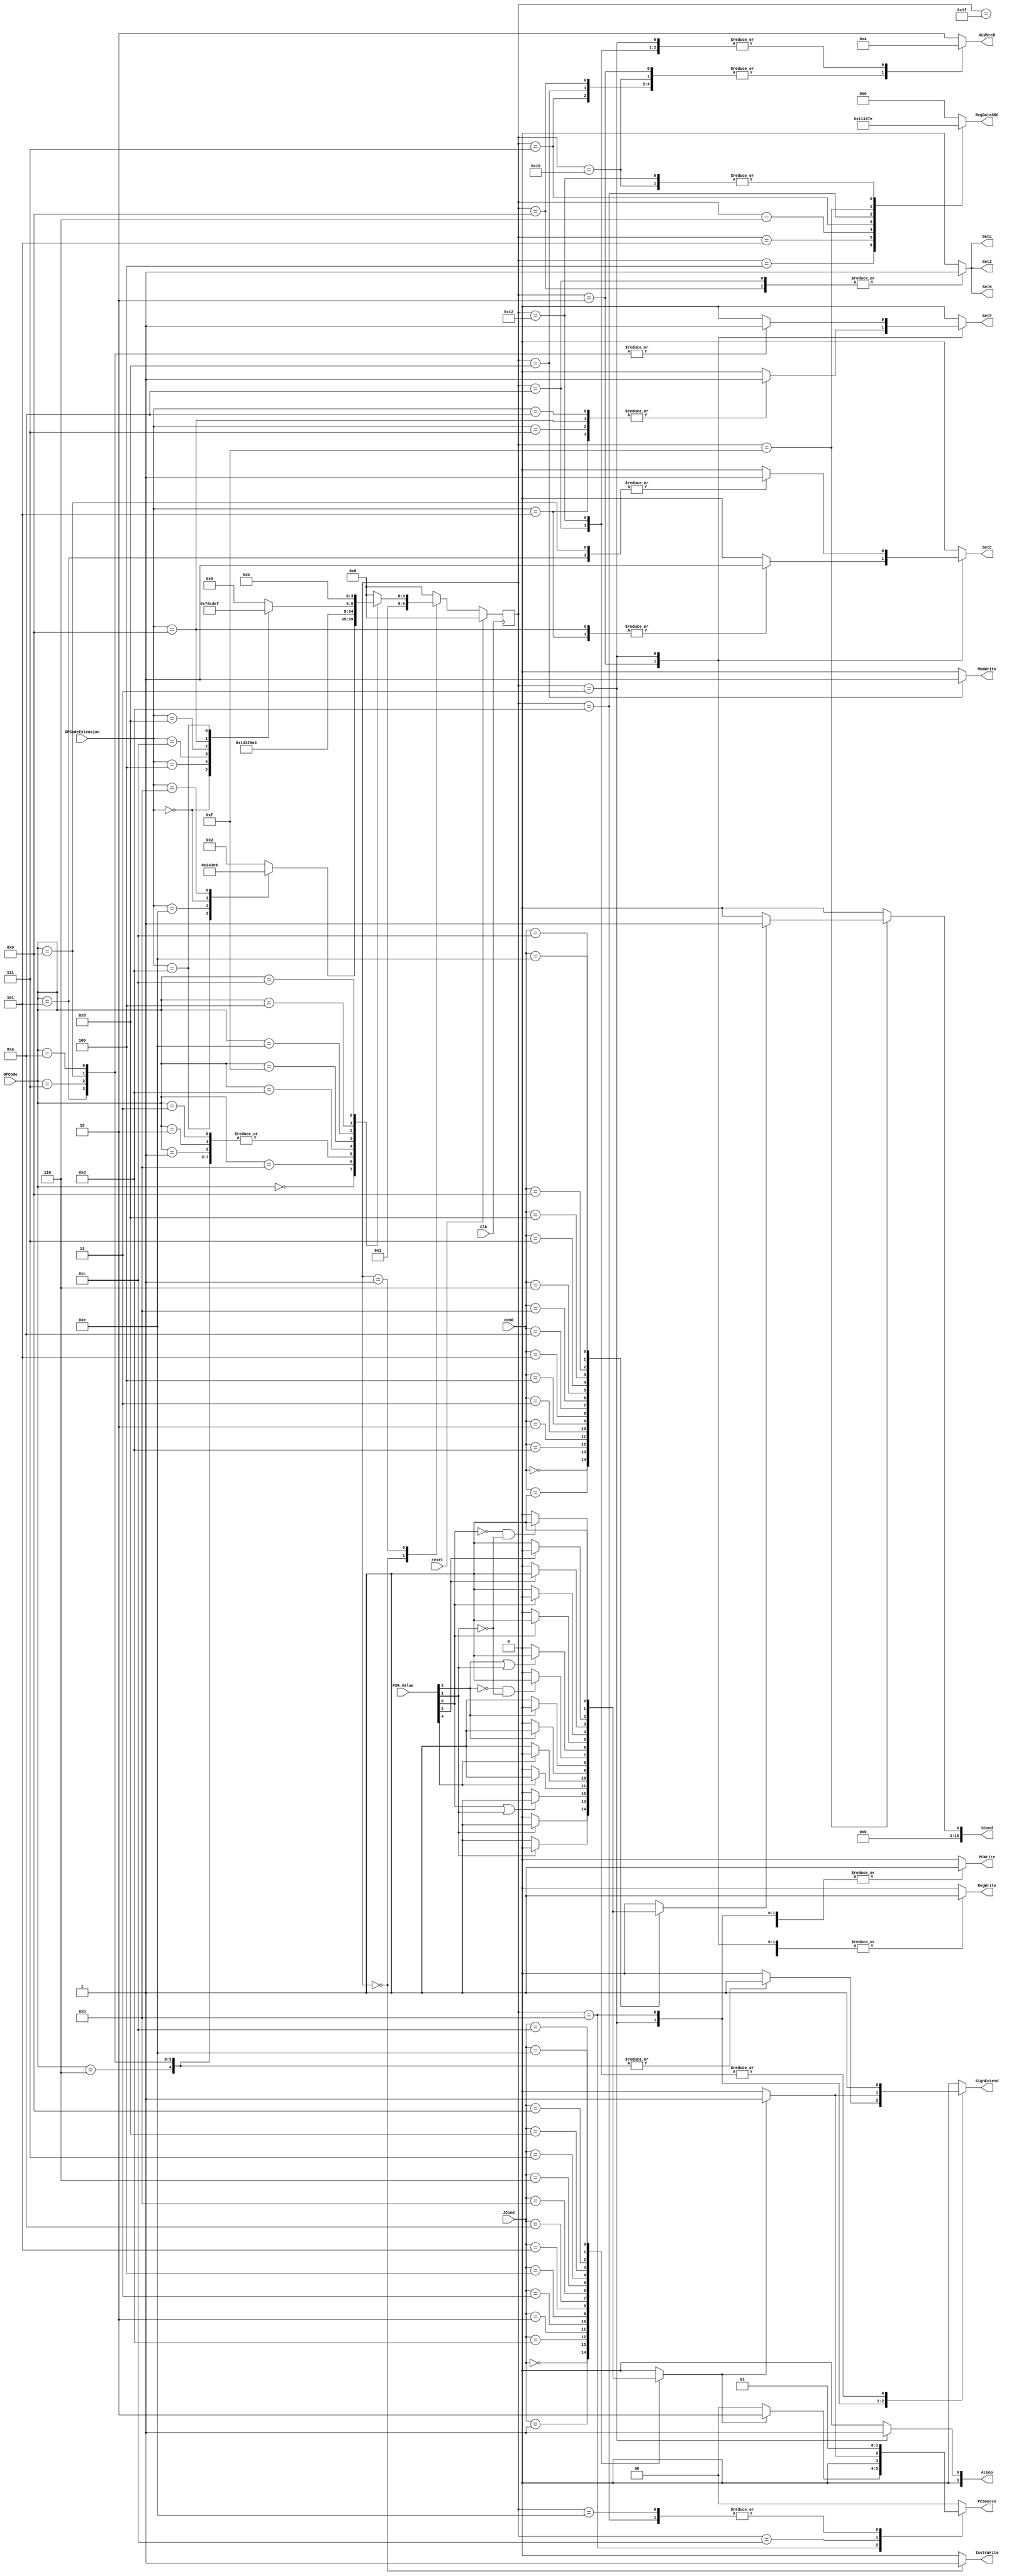
`timescale 1ns / 1ps
//////////////////////////////////////////////////////////////////////////////////
// Company: 
// Engineer: 
// 
// Design Name: 
// Module Name:    ControlLogic 
// Project Name: 
// Target Devices: 
// Tool versions: 
// Description: 
//
// Dependencies: 
//
// Revision: 
// Revision 0.01 - File Created
// Additional Comments: 
//
//////////////////////////////////////////////////////////////////////////////////
module ControlLogic(
    input [3:0] OPCode,
    input [3:0] OPCodeExtension,
	 input [3:0] JCond,
	 input [3:0] cond,
	 input reset,
	 input Clk,
	 output reg PCWrite,
	 output reg InstrWrite,
	 output reg RegWrite,
	 output reg [1:0] ALUop,
	 output reg [2:0] RegDataSRC,
	 output reg [1:0] ALUSrcB,
	 output reg MemWrite,
	 output reg SignExtend,
	 output reg SetF, 
	 output reg SetL, 
	 output reg SetC, 
	 output reg SetN, 
	 output reg SetZ,
	 output reg [1:0] PCSource,
	 output reg [15:0] SCond,
	 input [4:0] PSR_Value
    );
	 
	 
	reg [4:0] CurState;
	reg [4:0] NextState;
	
	reg SCond_Valid;
	reg Cond_Valid;
	wire C;
	wire L;
	wire F;
	wire Z;
	wire N; 
	
	assign C = PSR_Value[4];
	assign L = PSR_Value[3];
	assign F = PSR_Value[2];
	assign Z = PSR_Value[1];
	assign N = PSR_Value[0];
	
	//STATES
	parameter   IFETCH  	=	5'b00000; //INSTRUCTION FETCH          0
	parameter 	RFETCH	=	5'b00001; //REGISTER FETCH             1
	parameter	RTYPEX	= 	5'b00010; //General R-TYPE Executuion  2
	parameter	ITYPEX	=	5'b00011; //General I-TYPE Executuion  3
	parameter	MOVEX		= 	5'b00100; //MOV Executuion					4
	parameter	MOVIEX	=	5'b00101; //MOVI Executuion			5
	parameter	LUIEX		= 	5'b00110; //LUI Executuion			6
	parameter	LOADEX	= 	5'b00111; //LOAD Executuion		7
	parameter	STOREX	=	5'b01000; //STOR Executuion		8
	parameter	CMPEX 	=	5'b01001; //CMP Executuion			9
	parameter 	CMPIEX	=	5'b01010; //CMPI Executuion		10
	parameter	BRANEX	=	5'b01011; //Bcond Executuion		11
	parameter	JUMPEX	=	5'b01100; //Jcond Executuion		12
	parameter 	JALEX		=	5'b01101; //JAL Executuion			13
	parameter	RETEX		=	5'b01110; //RETX Exectution
	parameter	SEX		=	5'b01111; //Scond Execution
	parameter	MULEX		= 	5'b10000; //MULT Execution
	parameter	MULIEX	=	5'b10010; //MULTI Execution
	parameter	NOPEX		= 	5'b11111; //NOP Execution
	
	//OP CODES/CONDITION CODES/OP CODE EXTENSIONS:

	//Rtype opcode
	parameter 	RINSTR	= 4'b0000; //also includes MULT, MOV
	
	//Itype opcodes && rtype opcode extensions
	parameter 	ADDI		= 4'b0101;
	parameter 	ADDUI		= 4'b0110;
	parameter 	ADDCI		= 4'b0111;
	parameter 	SUBI 		= 4'b1001;
	parameter 	SUBCI		= 4'b1010;
	parameter 	CMPI 		= 4'b1011;
	parameter 	ANDI		= 4'b0001;
	parameter 	ORI		= 4'b0010;
	parameter 	XORI		= 4'b0011;
	parameter 	MULI 		= 4'b1110;
	
	//others other opcodes
	parameter	MOVI		= 4'b1101;	//also opcode extension for mov
	parameter	LUI		= 4'b1111;
	parameter	LDSTORJ	= 4'b0100;
	parameter	BRAN		= 4'b1100;

	
	//jump conditions:
	
	parameter EQ = 4'b0000;
	parameter NE = 4'b0001;
	parameter GE = 4'b1101;
	parameter CS = 4'b0010;
	parameter CC = 4'b0011;
	parameter HI = 4'b0100;
	parameter LS = 4'b0101;
	parameter LO = 4'b1010;
	parameter HS = 4'b1011;
	parameter Gt = 4'b0110; //apparently capital 'GT' is reserved for something in verilog.. Hence 'Gt' instead.
	parameter LE = 4'b0111;
	parameter FS = 4'b1000;
	parameter FC = 4'b1001;
	parameter LT = 4'b1100;
	parameter UC = 4'b1110;
	parameter NJ = 4'b1111;
	
	always@(*) begin
		Cond_Valid = 0;
		case(JCond)
			EQ: if (Z) 			Cond_Valid = 1;
			NE: if (!Z) 		Cond_Valid = 1;
			GE: if (N || Z)	Cond_Valid = 1;
			CS: if (C) 			Cond_Valid = 1;
			CC: if (!C)			Cond_Valid = 1;
			HI: if (L)			Cond_Valid = 1;
			LS: if (!L)			Cond_Valid = 1;
			LO: if (!L && !Z) Cond_Valid = 1;
			HS: if (L || Z)	Cond_Valid = 1;
			Gt: if (N)			Cond_Valid = 1;
			LE: if (!N)			Cond_Valid = 1;
			FS: if (F)			Cond_Valid = 1;
			FC: if (!F)			Cond_Valid = 1;
			LT: if (!N && !Z) Cond_Valid = 1;
			UC:					Cond_Valid = 1;
			default:				Cond_Valid = 0; //default.
		endcase
	end
		
	always@(*) begin
		SCond_Valid = 0;
		case(cond)
			EQ: if (Z) 			SCond_Valid = 1;
			NE: if (!Z) 		SCond_Valid = 1;
			GE: if (N || Z)	SCond_Valid = 1;
			CS: if (C) 			SCond_Valid = 1;
			CC: if (!C)			SCond_Valid = 1;
			HI: if (L)			SCond_Valid = 1;
			LS: if (!L)			SCond_Valid = 1;
			LO: if (!L && !Z) SCond_Valid = 1;
			HS: if (L || Z)	SCond_Valid = 1;
			Gt: if (N)			SCond_Valid = 1;
			LE: if (!N)			SCond_Valid = 1;
			FS: if (F)			SCond_Valid = 1;
			FC: if (!F)			SCond_Valid = 1;
			LT: if (!N && !Z) SCond_Valid = 1;
			UC:					SCond_Valid = 1;
			default:				SCond_Valid = 0; //default.
		endcase	
	end
	
	always@(posedge Clk) begin
		if (reset) CurState <= IFETCH;
		else CurState <= NextState;
	end
	
	//output logic
	always@(*) begin
		InstrWrite = 0;
		ALUSrcB = 2;
		RegDataSRC = 0;
		RegWrite = 0;
		PCWrite = 0;
		ALUop = 2'b00;
		MemWrite = 0;
		SignExtend = 0;
		SetC = 0;
		SetL = 0;
		SetF = 0;
		SetZ = 0;
		SetN = 0;
		PCSource = 0;
		SCond = 0;
		case (CurState)
			IFETCH:
				begin
					InstrWrite = 1;
					ALUSrcB = 2;
				end
			RFETCH:
				begin
					//wait 1 clock cycle
				end
			RTYPEX:
				begin
					RegDataSRC = 0;
					ALUSrcB = 1;
					ALUop = 2'b00;
					RegWrite = 1;
					PCWrite = 1;
					case(OPCodeExtension)
						ADDI:
							begin
								SetC = 1;
								SetF = 1;
							end
						ADDCI:
							begin
								SetF = 1;
							end
						SUBI:
							begin
								SetC = 1;
								SetF = 1;
							end
						SUBCI:
							begin
								SetF = 1;
							end
						default: 
							begin 
							end
					endcase
				end
			ITYPEX:
				begin
					RegDataSRC = 0;
					ALUSrcB = 0;
					ALUop = 2'b01;
					RegWrite = 1;
					PCWrite =1;
					case (OPCode)
						ADDI:
							begin
								SignExtend = 1;
								SetC = 1;
								SetF = 1;
							end
						ADDUI:	
							begin 
								SignExtend = 1; 
							end
						ADDCI:
							begin 
								SignExtend = 1;
								SetF = 1;								
							end
						SUBI:	
							begin 
								SignExtend = 1;
								SetC = 1;
								SetF = 1;								
							end
						SUBCI:
							begin 
								SignExtend = 1; 
								SetF = 1;
							end
						default:	
							begin 
								SignExtend = 0; 
							end
					endcase
				end
			MOVEX:
				begin
					RegDataSRC = 4;
					RegWrite = 1;
					PCWrite = 1;
				end
			MOVIEX:
				begin
					RegDataSRC = 2;
					RegWrite = 1;
					PCWrite =1;
				end
			LUIEX:
				begin
					RegDataSRC = 3;
					RegWrite = 1;
					PCWrite = 1;
				end
			LOADEX:
				begin
					ALUSrcB = 1;
					RegDataSRC = 1;
					RegWrite = 1;
					PCWrite = 1;
				end
			STOREX:
				begin
					ALUSrcB = 1;
					MemWrite = 1;
					PCWrite = 1;
				end
			NOPEX:
				begin
					PCWrite = 1;
				end
			CMPEX:
				begin
					PCWrite = 1;
					ALUSrcB = 1;
					SetZ = 1;
					SetL = 1;
					SetN = 1;
				end
			CMPIEX:
				begin
					PCWrite = 1;
					ALUSrcB = 0;
					SignExtend = 1;
					SetZ = 1;
					SetL = 1;
					SetN = 1;
				end
			BRANEX:
				begin
					PCWrite = 1;
					if (Cond_Valid) begin
						PCSource = 2;
						SignExtend = 1;
					end
				end
			JUMPEX:
				begin
					PCWrite = 1;
					if (Cond_Valid) PCSource = 1;
				end
			JALEX:
				begin
					PCWrite = 1;
					RegWrite = 1;
					RegDataSRC = 5;
					PCSource = 1;
				end
			RETEX:
				begin
					PCWrite = 1;
					PCSource = 1;
				end
			SEX:
				begin
					PCWrite = 1;
					RegWrite = 1;
					RegDataSRC = 7;
					if (SCond_Valid)
						SCond = 1;
					else
						SCond = 0;
				end
			MULEX:
				begin
					ALUSrcB = 1;
					PCWrite = 1;
					RegWrite = 1;
					RegDataSRC = 6;
				end
			MULIEX:
				begin
					ALUSrcB = 0;
					SignExtend = 1;
					PCWrite = 1;
					RegWrite = 1;
					RegDataSRC = 6;
				end
			default: begin end
		endcase
	end
	
	//nextstate logic
	always @(*) begin
		case (CurState)
			IFETCH:	NextState <= RFETCH;
			RFETCH:
				case(OPCode)
					RINSTR:
						case(OPCodeExtension)
							4'b1101:
								NextState <= MOVEX;		//MOVE
							4'b1110:
								NextState <= MULEX;		//MULTIPLY
							4'b0000:
								NextState <= NOPEX; 		//NOP NOP NOP NOP NOP NOP
							4'b1011:
								NextState <= CMPEX;		//COMPARE
							default:
								NextState <= RTYPEX;
						endcase
					ADDI:		NextState <= ITYPEX;
					ADDUI:	NextState <= ITYPEX;
					ADDCI:	NextState <= ITYPEX;
					SUBI:		NextState <= ITYPEX;
					SUBCI:	NextState <= ITYPEX;
					CMPI:		NextState <= CMPIEX;
					ANDI:		NextState <= ITYPEX;
					ORI:		NextState <= ITYPEX;
					XORI:		NextState <= ITYPEX;
					MOVI:		NextState <= MOVIEX;
					LUI:		NextState <= LUIEX;
					MULI:		NextState <= MULIEX;
					LDSTORJ:	
						case(OPCodeExtension)
							4'b0000:			//LOAD
								NextState <= LOADEX;
							4'b0100:			//STORE
								NextState <= STOREX;
							4'b1100:			//JUMP
								NextState <= JUMPEX;
							4'b1000:			//JAL
								NextState <= JALEX;
							4'b1001:			//RETX
								NextState <= RETEX;
							4'b1101:			//Scond
								NextState <= SEX;
							default:
								NextState <= IFETCH;
						endcase
					BRAN:		NextState <= BRANEX;
					default:	NextState <= IFETCH;
				endcase
			default:	NextState <= IFETCH;
		endcase
	end
endmodule